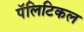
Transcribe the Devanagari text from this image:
पॅलिटिकल